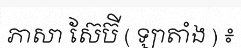
ភាសា ស៊ែប៊ី ( ឡាតាំង ) ៖